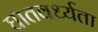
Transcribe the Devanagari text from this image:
घातवर्ध्यता